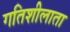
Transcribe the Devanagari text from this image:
गतिशीलाता